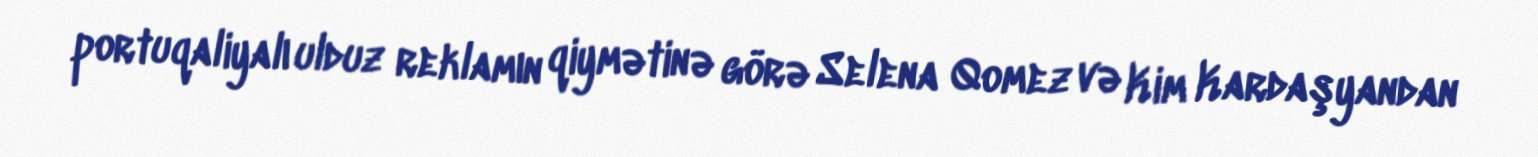
portuqaliyalı ulduz reklamın qiymətinə görə Selena Qomez və Kim Kardaşyandan